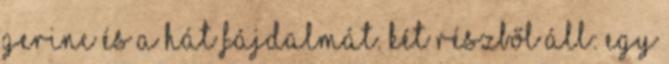
gerinc és a hát fájdalmát. Két részből áll: egy